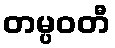
တမ္ပဝတီ